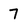
Character: 7